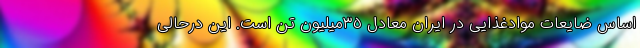
اساس ضایعات موادغذایی در ایران معادل ٣٥‌میلیون تن است. این درحالی